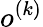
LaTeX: o^{(k)}